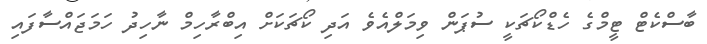
ބާސްކެޓް ޓީމްގެ ހެޑްކޯޗަކީ ސުޕަން ވިމަލްއެވެ އަދި ކޯޗަކަށް އިބްރާހިމް ނާހިދު ހަމަޖައްސާފައި